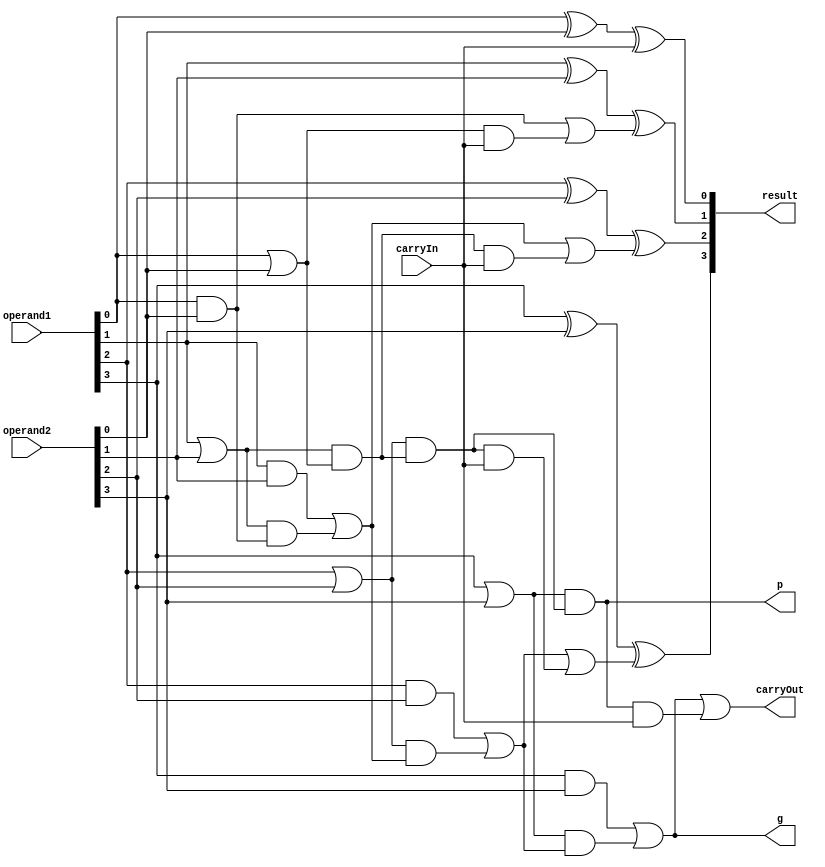
module CLA(operand1, operand2, carryIn, result, carryOut, p, g);
    parameter bits = 4;

    input wire [bits-1:0] operand1;
    input wire [bits-1:0] operand2;
    input wire carryIn;

    output wire [bits-1:0] result;
    output wire carryOut;
    output wire p;
    output wire g;

    wire bitsP [bits-1:0];
    wire bitsG [bits-1:0];
    wire innerP [bits-1:0];
    wire innerG [bits-1:0];
    wire resC [bits-1:0];

    assign p = innerP[bits-1];
    assign g = innerG[bits-1];

    assign resC[0] = carryIn;
    assign innerG[0] = bitsG[0];
    assign innerP[0] = bitsP[0];

    genvar gi;
    generate
        for(gi = 0;gi < bits;gi = gi + 1) begin
            assign bitsP[gi] = operand1[gi] | operand2[gi]; 
            assign bitsG[gi] = operand1[gi] & operand2[gi]; 
        end
    endgenerate

    assign carryOut = g | (p & carryIn);
    genvar gj;
    generate
        for(gj = 1;gj < bits;gj = gj + 1) begin
            assign innerG[gj] = bitsG[gj] | (bitsP[gj] & innerG[gj-1]); 
            assign innerP[gj] = bitsP[gj] & innerP[gj-1];   
            assign resC[gj] = innerG[gj-1] | (innerP[gj-1] & carryIn); 
        end
    endgenerate

    genvar gk;
    generate
        for(gk = 0;gk < bits;gk = gk + 1) begin
            assign result[gk] = operand1[gk]^operand2[gk]^resC[gk]; 
        end
    endgenerate
 
endmodule